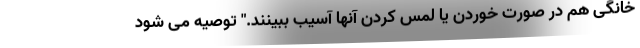
خانگی هم در صورت خوردن یا لمس کردن آنها آسیب ببینند." توصیه می شود